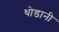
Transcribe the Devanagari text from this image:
थोडानी